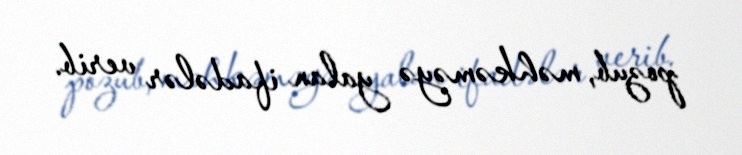
pozub, məhkəməyə yalan ifadələr verib.